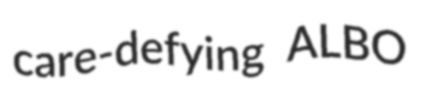
care-defying ALBO